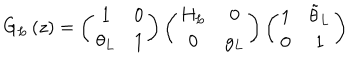
G _ { L } \left( z \right) = \left( \begin{array} { c c } { { 1 } } & { { 0 } } \\ { { \theta _ { L } } } & { { 1 } } \\ \end{array} \right) \left( \begin{array} { c c } { { H _ { L } } } & { { 0 } } \\ { { 0 } } & { { g _ { L } } } \\ \end{array} \right) \left( \begin{array} { c c } { { 1 } } & { { \tilde { \theta } _ { L } } } \\ { { 0 } } & { { 1 } } \\ \end{array} \right)